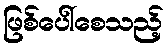
ဖြစ်ပေါ်စေသည့်